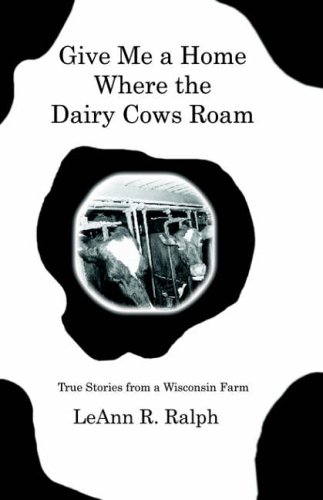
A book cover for Give Me a Home Where the Dairy Cows Roam: True Stories from a Wisconsin Farm; LeAnn R. Ralph; Health, Fitness & Dieting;